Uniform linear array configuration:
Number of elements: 16
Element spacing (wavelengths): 0.25
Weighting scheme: binomial
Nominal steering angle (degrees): -60
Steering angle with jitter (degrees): -60.303
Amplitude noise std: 0.05
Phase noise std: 0.05

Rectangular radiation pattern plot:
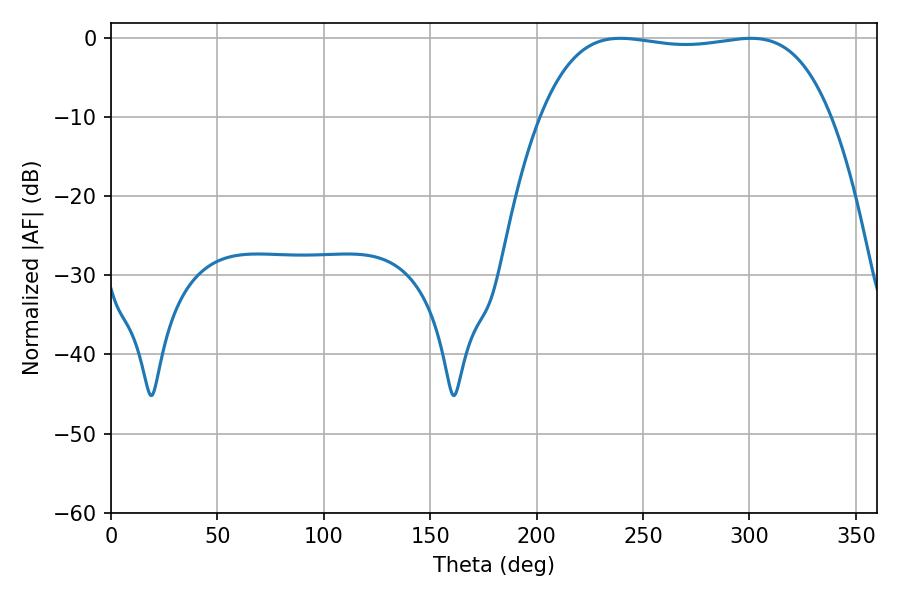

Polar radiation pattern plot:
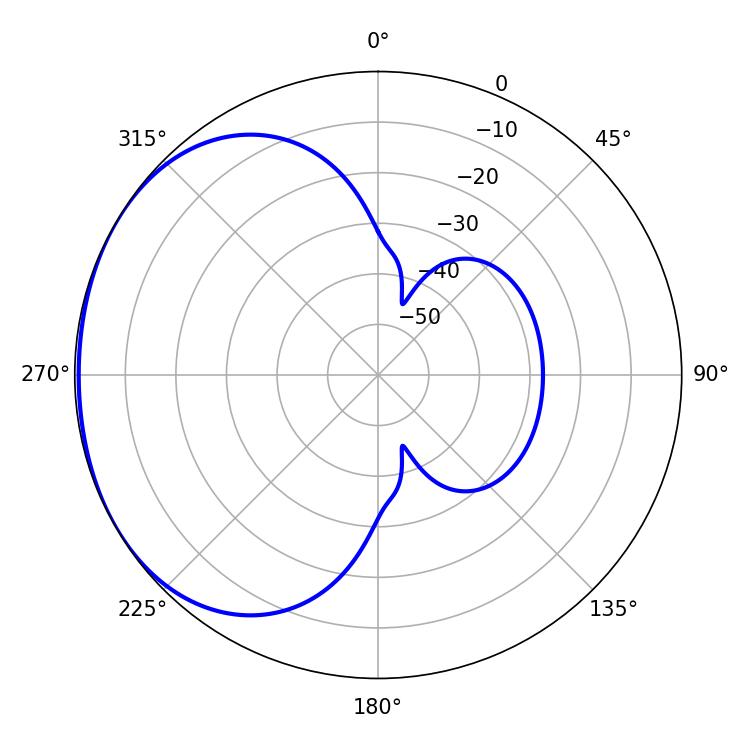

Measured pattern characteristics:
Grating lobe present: FALSE
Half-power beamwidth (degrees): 108
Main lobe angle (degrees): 239.4